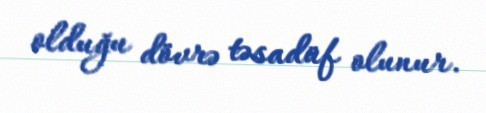
olduğu dövrə təsadüf olunur.